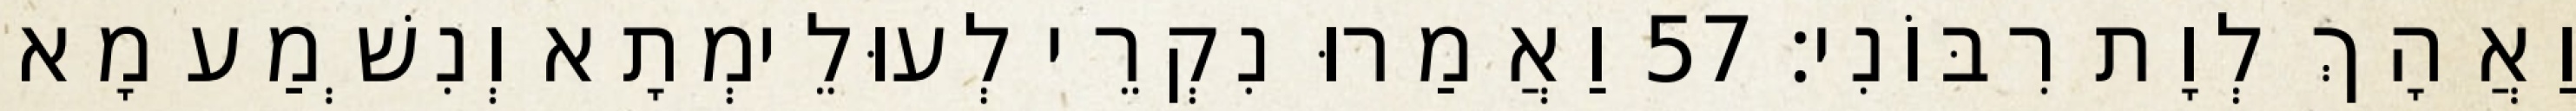
וַאֲהָךְ לְוָת רִבּוֹנִי׃ 57 וַאֲמַרוּ נִקְרֵי לְעוּלֵימְתָא וְנִשְׁמַע מָא